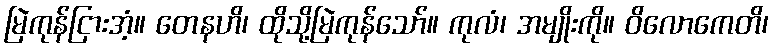
မြဲကုန်ငြားအံ့။ တေနဟိ၊ ထိုသို့မြဲကုန်သော်။ ကုလံ၊ အမျိုးကို။ ဝိလောကေတိ၊